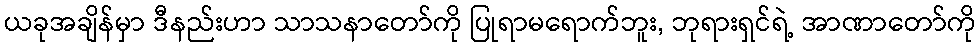
ယခုအချိန်မှာ ဒီနည်းဟာ သာသနာတော်ကို ပြုရာမရောက်ဘူး, ဘုရားရှင်ရဲ့ အာဏာတော်ကို